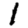
Digit: 1